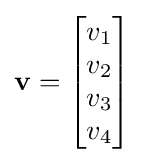
\mathbf {v} ={\begin{bmatrix}v_{1}\\v_{2}\\v_{3}\\v_{4}\\\end{bmatrix}}